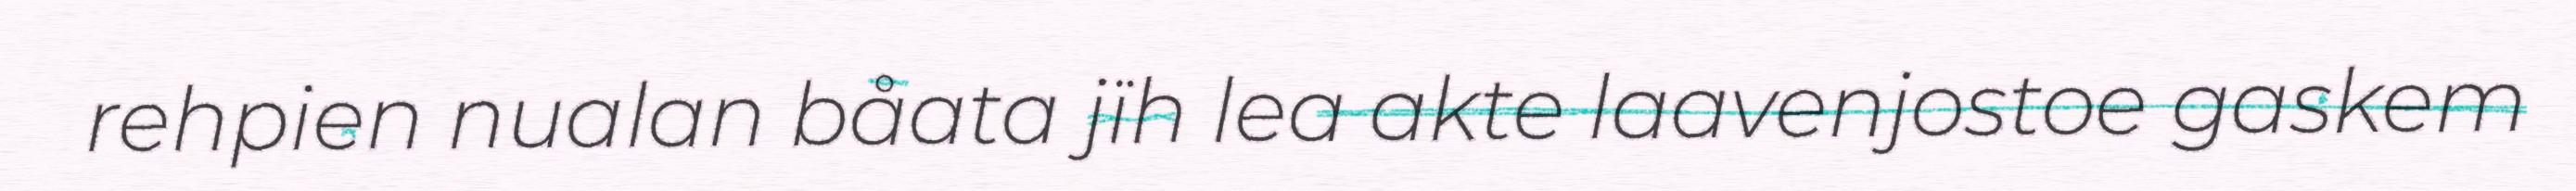
rehpien nualan båata jïh lea akte laavenjostoe gaskem